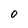
Character: O